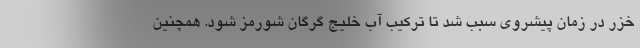
خزر در زمان پیشروی سبب شد تا ترکیب آب خلیج گرگان شورمز شود. همچنین